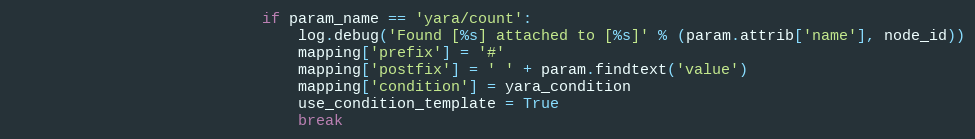
Language: Python
                            if param_name == 'yara/count':
                                log.debug('Found [%s] attached to [%s]' % (param.attrib['name'], node_id))
                                mapping['prefix'] = '#'
                                mapping['postfix'] = ' ' + param.findtext('value')
                                mapping['condition'] = yara_condition
                                use_condition_template = True
                                break